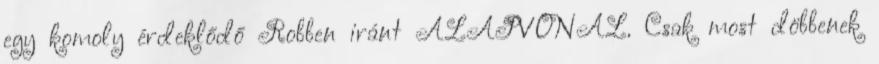
egy komoly érdeklődő Robben iránt ALAPVONAL. Csak most döbbenek